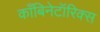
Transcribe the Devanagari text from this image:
काँबिनेटॉरिक्स